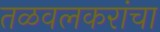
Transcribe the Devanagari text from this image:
तळवलकरांचा